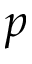
p